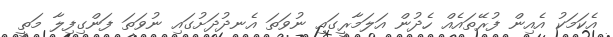
އެކަމަކު އެއިން ފުރޭތައެއް ހެދުން އަލަމާރީގައި ނުވަތަ އެނދުދަށުގައި ނުވަތަ ފަންގިފިލާ މަތީ